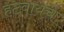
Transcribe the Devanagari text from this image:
हटवायचे